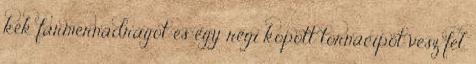
kék farmernadrágot és egy régi kopott tornacipőt vesz fel.